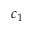
c _ { 1 }